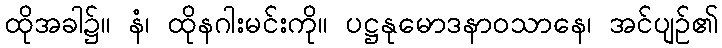
ထိုအခါ၌။ နံ၊ ထိုနဂါးမင်းကို။ ပဋ္ဌနုမောဒနာဝသာနေ၊ အင်ပျဉ်၏